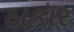
ઠાકૉર